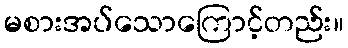
မစားအပ်သောကြောင့်တည်း။